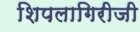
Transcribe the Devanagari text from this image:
शिपलागिरीजी